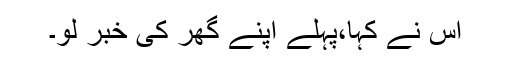
اُس نے کہا،پہلے اپنے گھر کی خبر لو۔